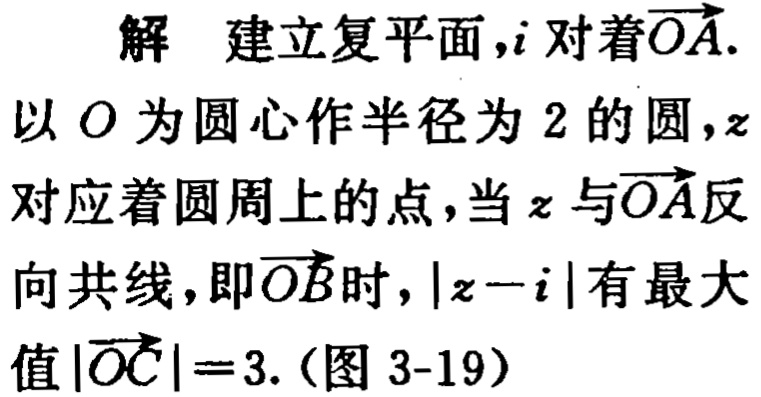
解 建立复平面，\(i\)对着\(\overrightarrow{OA}\). 以 \(O\) 为圆心作半径为 \(2\) 的圆，\(z\) 对应着圆周上的点，当 \(z\) 与\(\overrightarrow{OA}\)反向共线，即\(\overrightarrow{OB}\)时，\(\vert z - i\vert\)有最大值\(\vert\overrightarrow{OC}\vert = 3\).（图 3-19）